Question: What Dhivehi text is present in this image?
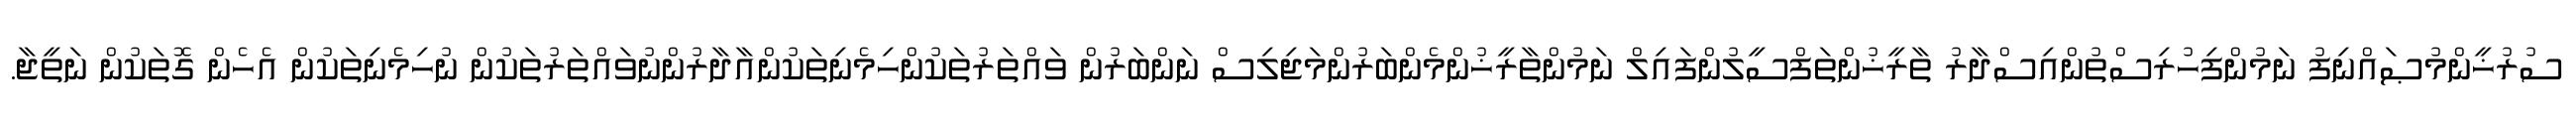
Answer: ސުރުޚީންމުޞައްނިފު ނަމުންފިހުރިސްތުންއިސްދާރު ތާރީޚުންތަފްސީލުންފައިލް ނަމުންތާރީޚުންމެންބަރުންމަޖިލިސް ނަންބަރުން ވައްތަރުތަކުންހިމެނިތަކުންއާދާރުންނުވައްތަރުތަކުން ނުހިމެނިތަކުން އެހެން ގޮތަކުން ނަތީޖާ.